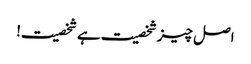
اصل چیز شخصیت ہے شخصیت!